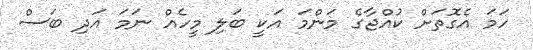
ހަމަ އެގޮތަށް ކުއްޖާގެ މަންމަ އަކީ ބަލި މީހެއް ނަމަ އަދި ބަސް